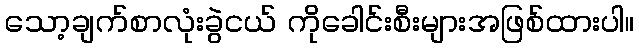
သော့ချက်စာလုံးခွဲငယ် ကိုခေါင်းစီးများအဖြစ်ထားပါ။